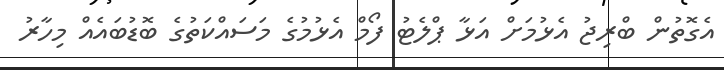
އެގޮތުން ބްރިޖު އެޅުމަށް އަޅާ ޕްލެޓު ފޯމް އެޅުމުގެ މަސައްކަތުގެ ބޮޑުބައެއް މިހާރު